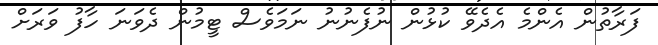
ފަރާތުން އެންމެ އެދެވޭ ކުޅުން ނުފެނުނު ނަމަވެސް ޓީމުން ދެވަނަ ހާފު ވަރަށް